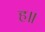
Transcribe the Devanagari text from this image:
ह॥